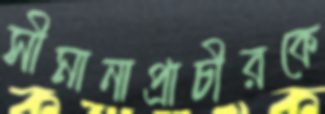
সীমানাপ্রাচীরকে